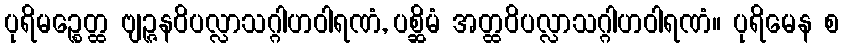
ပုရိမဉ္စေတ္ထ ဗျဉ္ဇနဝိပလ္လာသဂ္ဂါဟဝါရဏံ, ပစ္ဆိမံ အတ္ထဝိပလ္လာသဂ္ဂါဟဝါရဏံ။ ပုရိမေန စ